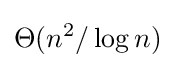
\Theta (n^{2}/\log n)